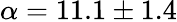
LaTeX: \alpha=11.1\pm 1.4